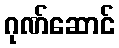
ဂုဏ်ဆောင်